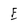
Character: E